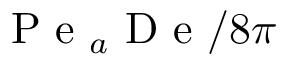
\mathrm { ~ P ~ e ~ } _ { a } \mathrm { ~ D ~ e ~ } / 8 \pi